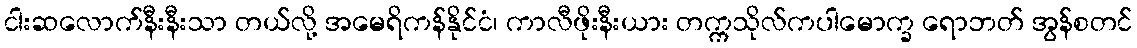
ငါးဆလောက်နီးနီးသာ တယ်လို့ အမေရိကန်နိုင်ငံ၊ ကာလီဖိုးနီးယား တက္ကသိုလ်ကပါမောက္ခ ရောဘတ် အွန်စတင်